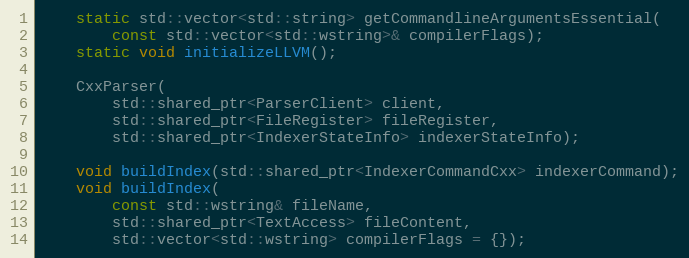
Language: C
	static std::vector<std::string> getCommandlineArgumentsEssential(
		const std::vector<std::wstring>& compilerFlags);
	static void initializeLLVM();

	CxxParser(
		std::shared_ptr<ParserClient> client,
		std::shared_ptr<FileRegister> fileRegister,
		std::shared_ptr<IndexerStateInfo> indexerStateInfo);

	void buildIndex(std::shared_ptr<IndexerCommandCxx> indexerCommand);
	void buildIndex(
		const std::wstring& fileName,
		std::shared_ptr<TextAccess> fileContent,
		std::vector<std::wstring> compilerFlags = {});